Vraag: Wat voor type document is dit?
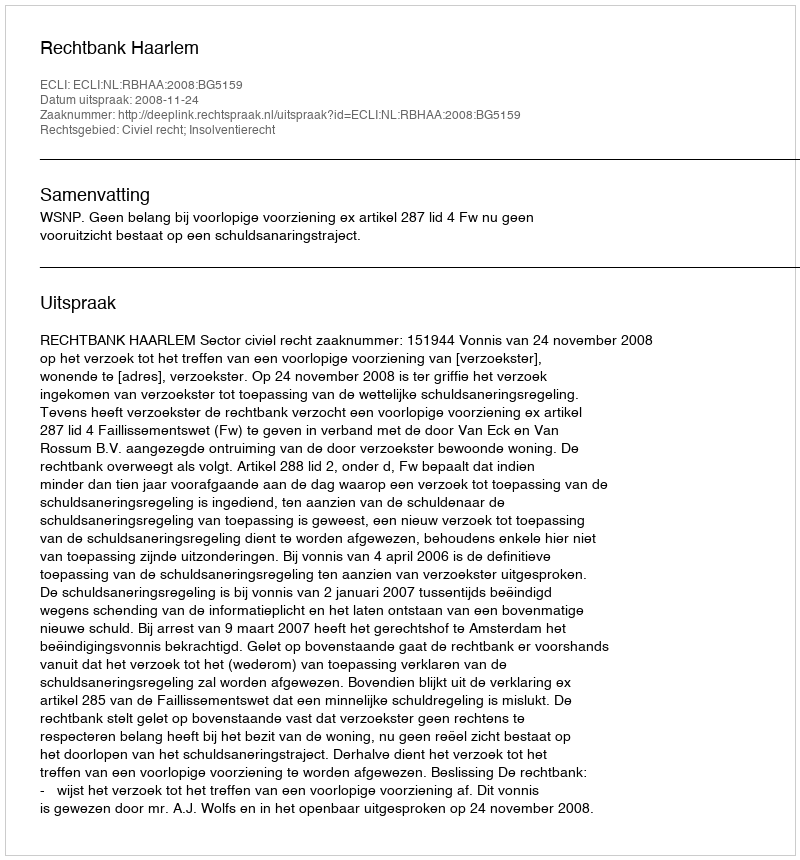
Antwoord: Uitspraak